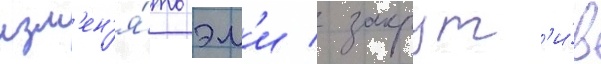
изм'ен'я́ть эм'и / закрут'и́в